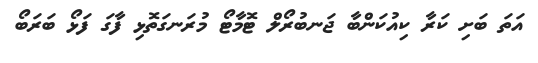
އަތަ ބަށި ކަރާ ކިއުކަންބާ ޖަނބުރޯލް ޓޮމާޓޯ މުރަނގަތޮޅި ފާގަ ފަޅޯ ބަރަބޯ